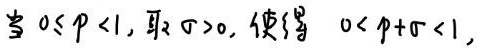
当 \(0\leq p < 1\)，取 \(\sigma > 0\)，使得 \(0 < p+\sigma < 1\)，